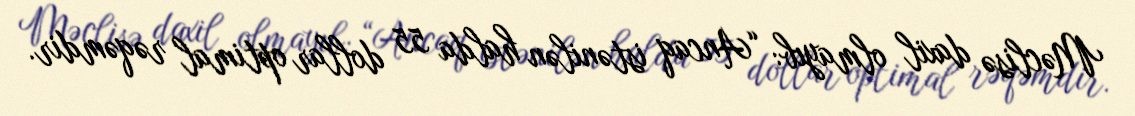
Məclisə daxil olmayıb: “Ancaq istənilən halda 55 dollar optimal rəqəmdir.